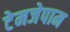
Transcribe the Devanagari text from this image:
टेमजेपाम